Lunatic asylums Punjab 1868-1880 - 1868-1880
Year: 1868
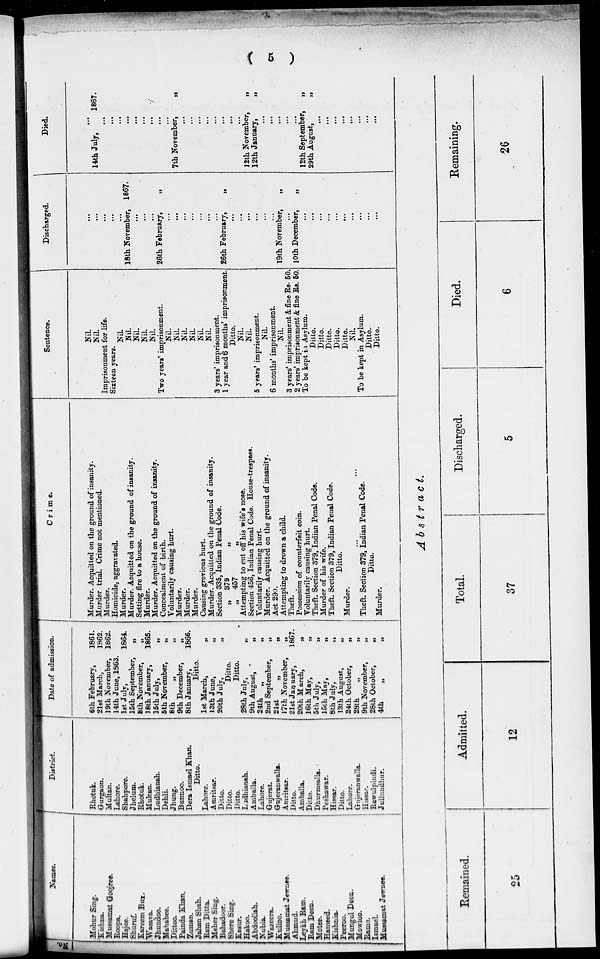
( 5 )
Names.
Mohur Sing.
Kishna.
Mussamat Goojree.
Roopa.
Hajee.
Shuruf.
Kareem Bux.
Wasaya.
Jhundoo.
Mahabee.
Dittoo.
Painda Khan.
Zuman.
Jahan Shah.
Ram Ditta.
Meher Sing.
Bahadoor.
Shere Sing.
Kasur.
Hakoo.
Abdoollah.
Nubia.
Wazeers.
Kulloc.
Mussamat Jewnes.
Ahmud.
Leykh Ram.
Ram Deen.
Motee.
Hameed.
Kishnis.
Peeroo.
Mungul Deen.
Mowloo.
Ramo.
Ismael.
Mussamat Jewnee.
District.
Rhotuk.
Gurgaon.
Multan.
Lahore.
Shahpore.
Jhelum.
Rhotuk.
Multan.
Ludhianah.
Dehli.
Jhung.
Bunnoo.
Dera Ismael Khan.
Ditto.
Lahore.
Amritsar.
Ditto.
Ditto.
Ditto.
Ludhianah.
Amballa.
Lahore.
Gujerat.
Gujeranwalla.
Amritsar.
Ditto.
Amballa.
Ditto.
Dhurmsalla.
Peshawar.
Hissar.
Ditto.
Lahore.
Gujeranwalla.
Hissar.
Rawulpindi.
Jullundhur.
Date of admission.
6th February,
21st March,
19th November,
14th June, 1863.
1st July,
15th September,
8th November,
18th January,
15th July,
5th November,
8th
9th December,
8th January,
Ditto.
1st March,
13th June,
20th July,
Ditto.
Ditto.
28th July,
9th August,
24th
„
2nd September,
21st „
17th November,
21st January,
20th March,
16th May,
5th July,
15th May,
8th July,
13th August,
24th October,
28th „
9th November,
28th October,
4th „
1861.
1862.
1862.
1864.
„
„
1865.
„
„
„
„
1866.
„
„
„
„
„
„
„
„
„
1867.
„
„
„
„
„
„
„
„
„
„
„
Crime.
Murder. Acquitted on the ground of insanity.
Murder trial. Crime not mentioned.
Murder.
Homicide, aggravated.
Murder.
Murder. Acquitted on the ground of insanity.
Setting fire to a house.
Murder.
Murder. Acquitted on the ground of insanity.
Concealment of birth.
Voluntarily causing hurt.
Murder.
Murder.
Murder.
Causing grevious hurt.
Murder. Acquitted on the ground of insanity.
Section 335, Indian Penal Code.
„ 379 „
„ 457 „
Attempting to cut off his wife's nose.
Section 456, Indian Penal Code. House-trespass.
Voluntarily causing hurt.
Murder. Acquitted on the ground of insanity.
Act 290.
Attempting to drown a child.
Theft.
Possession of counterfeit coin.
Voluntarily causing hurt.
Theft. Section 379, Indian Penal Code.
Murder of his wife.
Theft. Section 379, Indian Penal Code.
Ditto.
Murder.
...
...
Theft. Section 379, Indian Penal Code.
Ditto.
Murder.
Sentence.
Nil.
Nil.
Imprisonment for life.
Sixteen years.
Nil.
Nil.
Nil.
Nil.
Nil.
Two years' imprisonment.
Nil.
Nil.
Nil.
Nil.
Nil.
Nil.
3 years' imprisonment.
1 year and 6 months' imprisonment.
Ditto.
Nil.
Nil.
5 years' imprisonment.
Nil.
6 months' imprisonment.
Nil.
3 years' imprisonment & fine Rs. 50.
2 years' imprisonment & fine Rs. 50.
To be kept in Asylum.
Ditto.
Ditto.
Ditto.
Ditto.
Ditto.
Nil.
To be kept in Asylum.
Ditto.
Ditto.
Discharged.
...
...
...
...
...
18th November, 1867.
...
...
...
26th February,
„
...
...
...
...
...
...
...
26th February,
„
...
...
...
...
...
...
19th November,
„
...
10th December,
„
...
...
...
...
...
...
...
...
...
...
Died.
...
14th July,
1867.
...
...
...
...
...
...
...
...
...
7th November,
„
...
...
...
...
...
...
...
...
12th November,
„
12th January,
„
...
...
...
...
...
12th September,
„
29th August,
„
...
...
...
...
...
...
...
...
Abstract.
Remained.
25
Admitted.
12
Total.
37
Discharged.
5
Died.
6
Remaining.
26